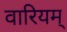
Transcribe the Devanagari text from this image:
वारियम्